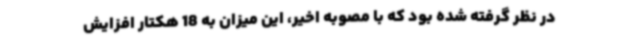
در نظر گرفته شده بود که با مصوبه اخیر، این میزان به 18 هکتار افزایش